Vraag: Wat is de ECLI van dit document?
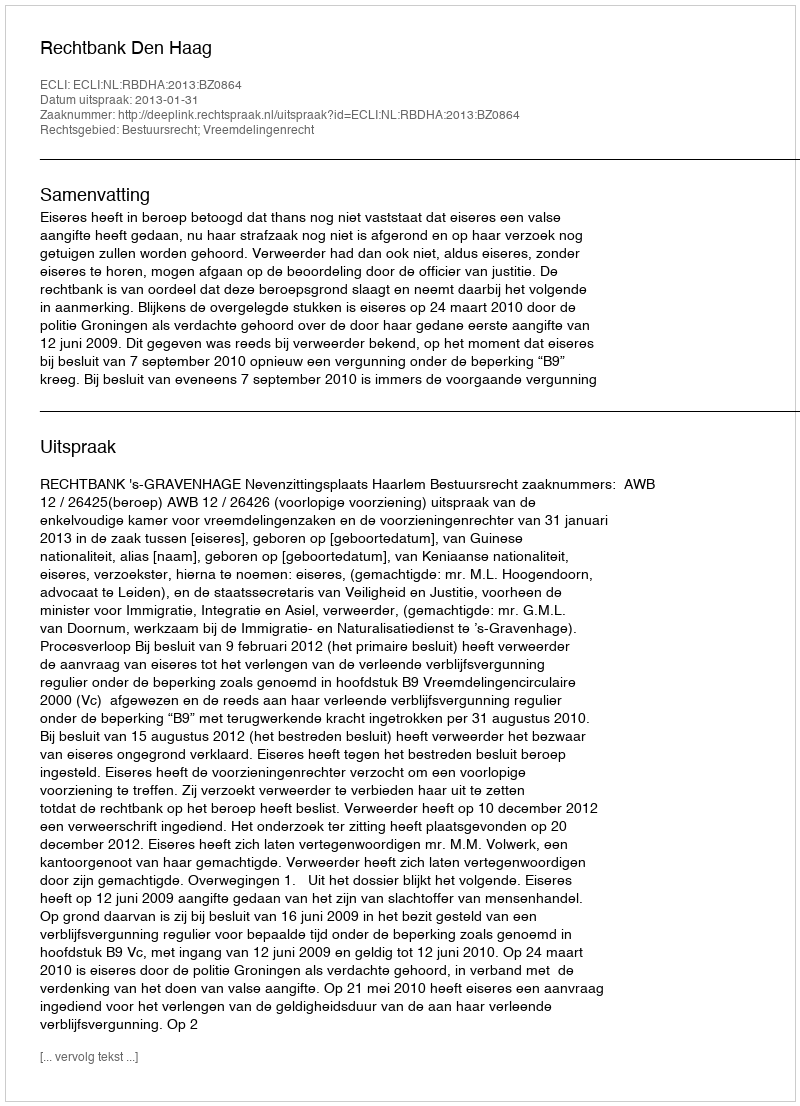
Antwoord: ECLI:NL:RBDHA:2013:BZ0864